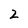
Character: 2